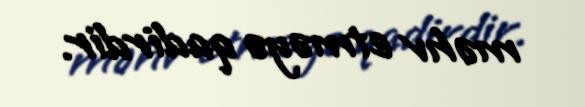
məhv etməyə qadirdir.